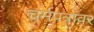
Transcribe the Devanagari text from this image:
चर्मपत्रांवर